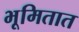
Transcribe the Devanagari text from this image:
भूमितात